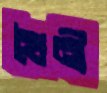
খৈনী